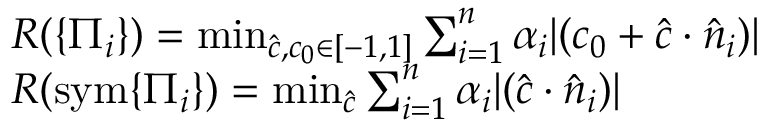
\begin{array} { r l } & { R ( \{ \Pi _ { i } \} ) = \operatorname* { m i n } _ { \hat { c } , c _ { 0 } \in [ - 1 , 1 ] } \sum _ { i = 1 } ^ { n } \alpha _ { i } | ( c _ { 0 } + \hat { c } \cdot \hat { n } _ { i } ) | } \\ & { R ( \mathrm { s y m } \{ \Pi _ { i } \} ) = \operatorname* { m i n } _ { \hat { c } } \sum _ { i = 1 } ^ { n } \alpha _ { i } | ( \hat { c } \cdot \hat { n } _ { i } ) | } \end{array}